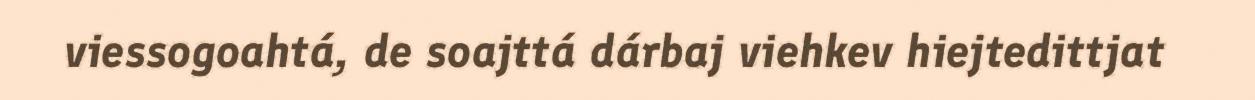
viessogoahtá, de soajttá dárbaj viehkev hiejtedittjat